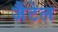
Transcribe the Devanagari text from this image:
जैंटेल